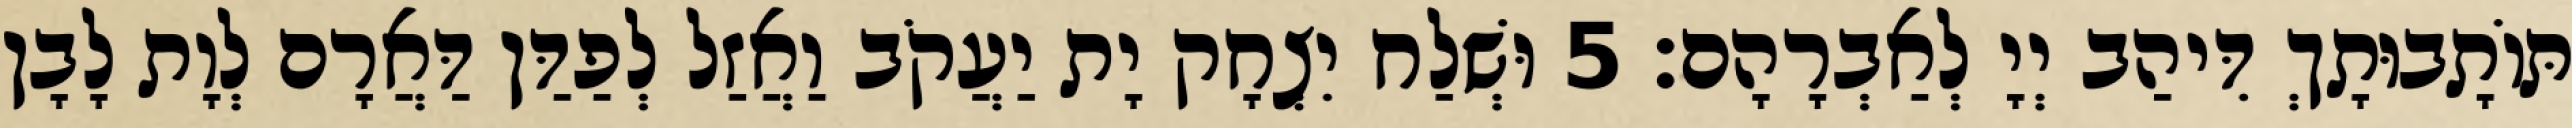
תּוֹתָבוּתָךְ דִּיהַב יְיָ לְאַבְרָהָם׃ 5 וּשְׁלַח יִצְחָק יָת יַעֲקֹב וַאֲזַל לְפַדַּן דַּאֲרָם לְוָת לָבָן